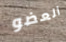
العضو